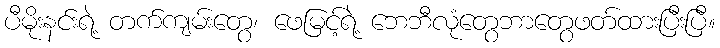
ပီမိုးနင်းရဲ့ တက်ကျမ်းတွေ၊ ဖေမြင့်ရဲ့ ဘေဘီလုံတွေဘာတွေဖတ်ထားပြီးပြီ။